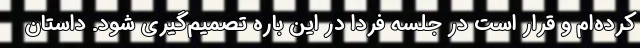
کرده‌ام و قرار است در جلسه فردا در این باره تصمیم‌گیری شود. داستان